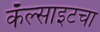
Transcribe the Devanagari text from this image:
कॅल्साइटचा